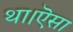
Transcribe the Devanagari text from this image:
था।ऎसा